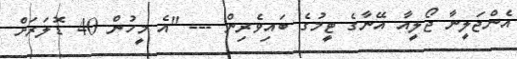
އެންޖަލީނާ ޖޯލީއާ އޭނާގެ ޓީމުގެ ބައިވެރިން --- "އެ މީހުން 40 ޑޮލަރަށް